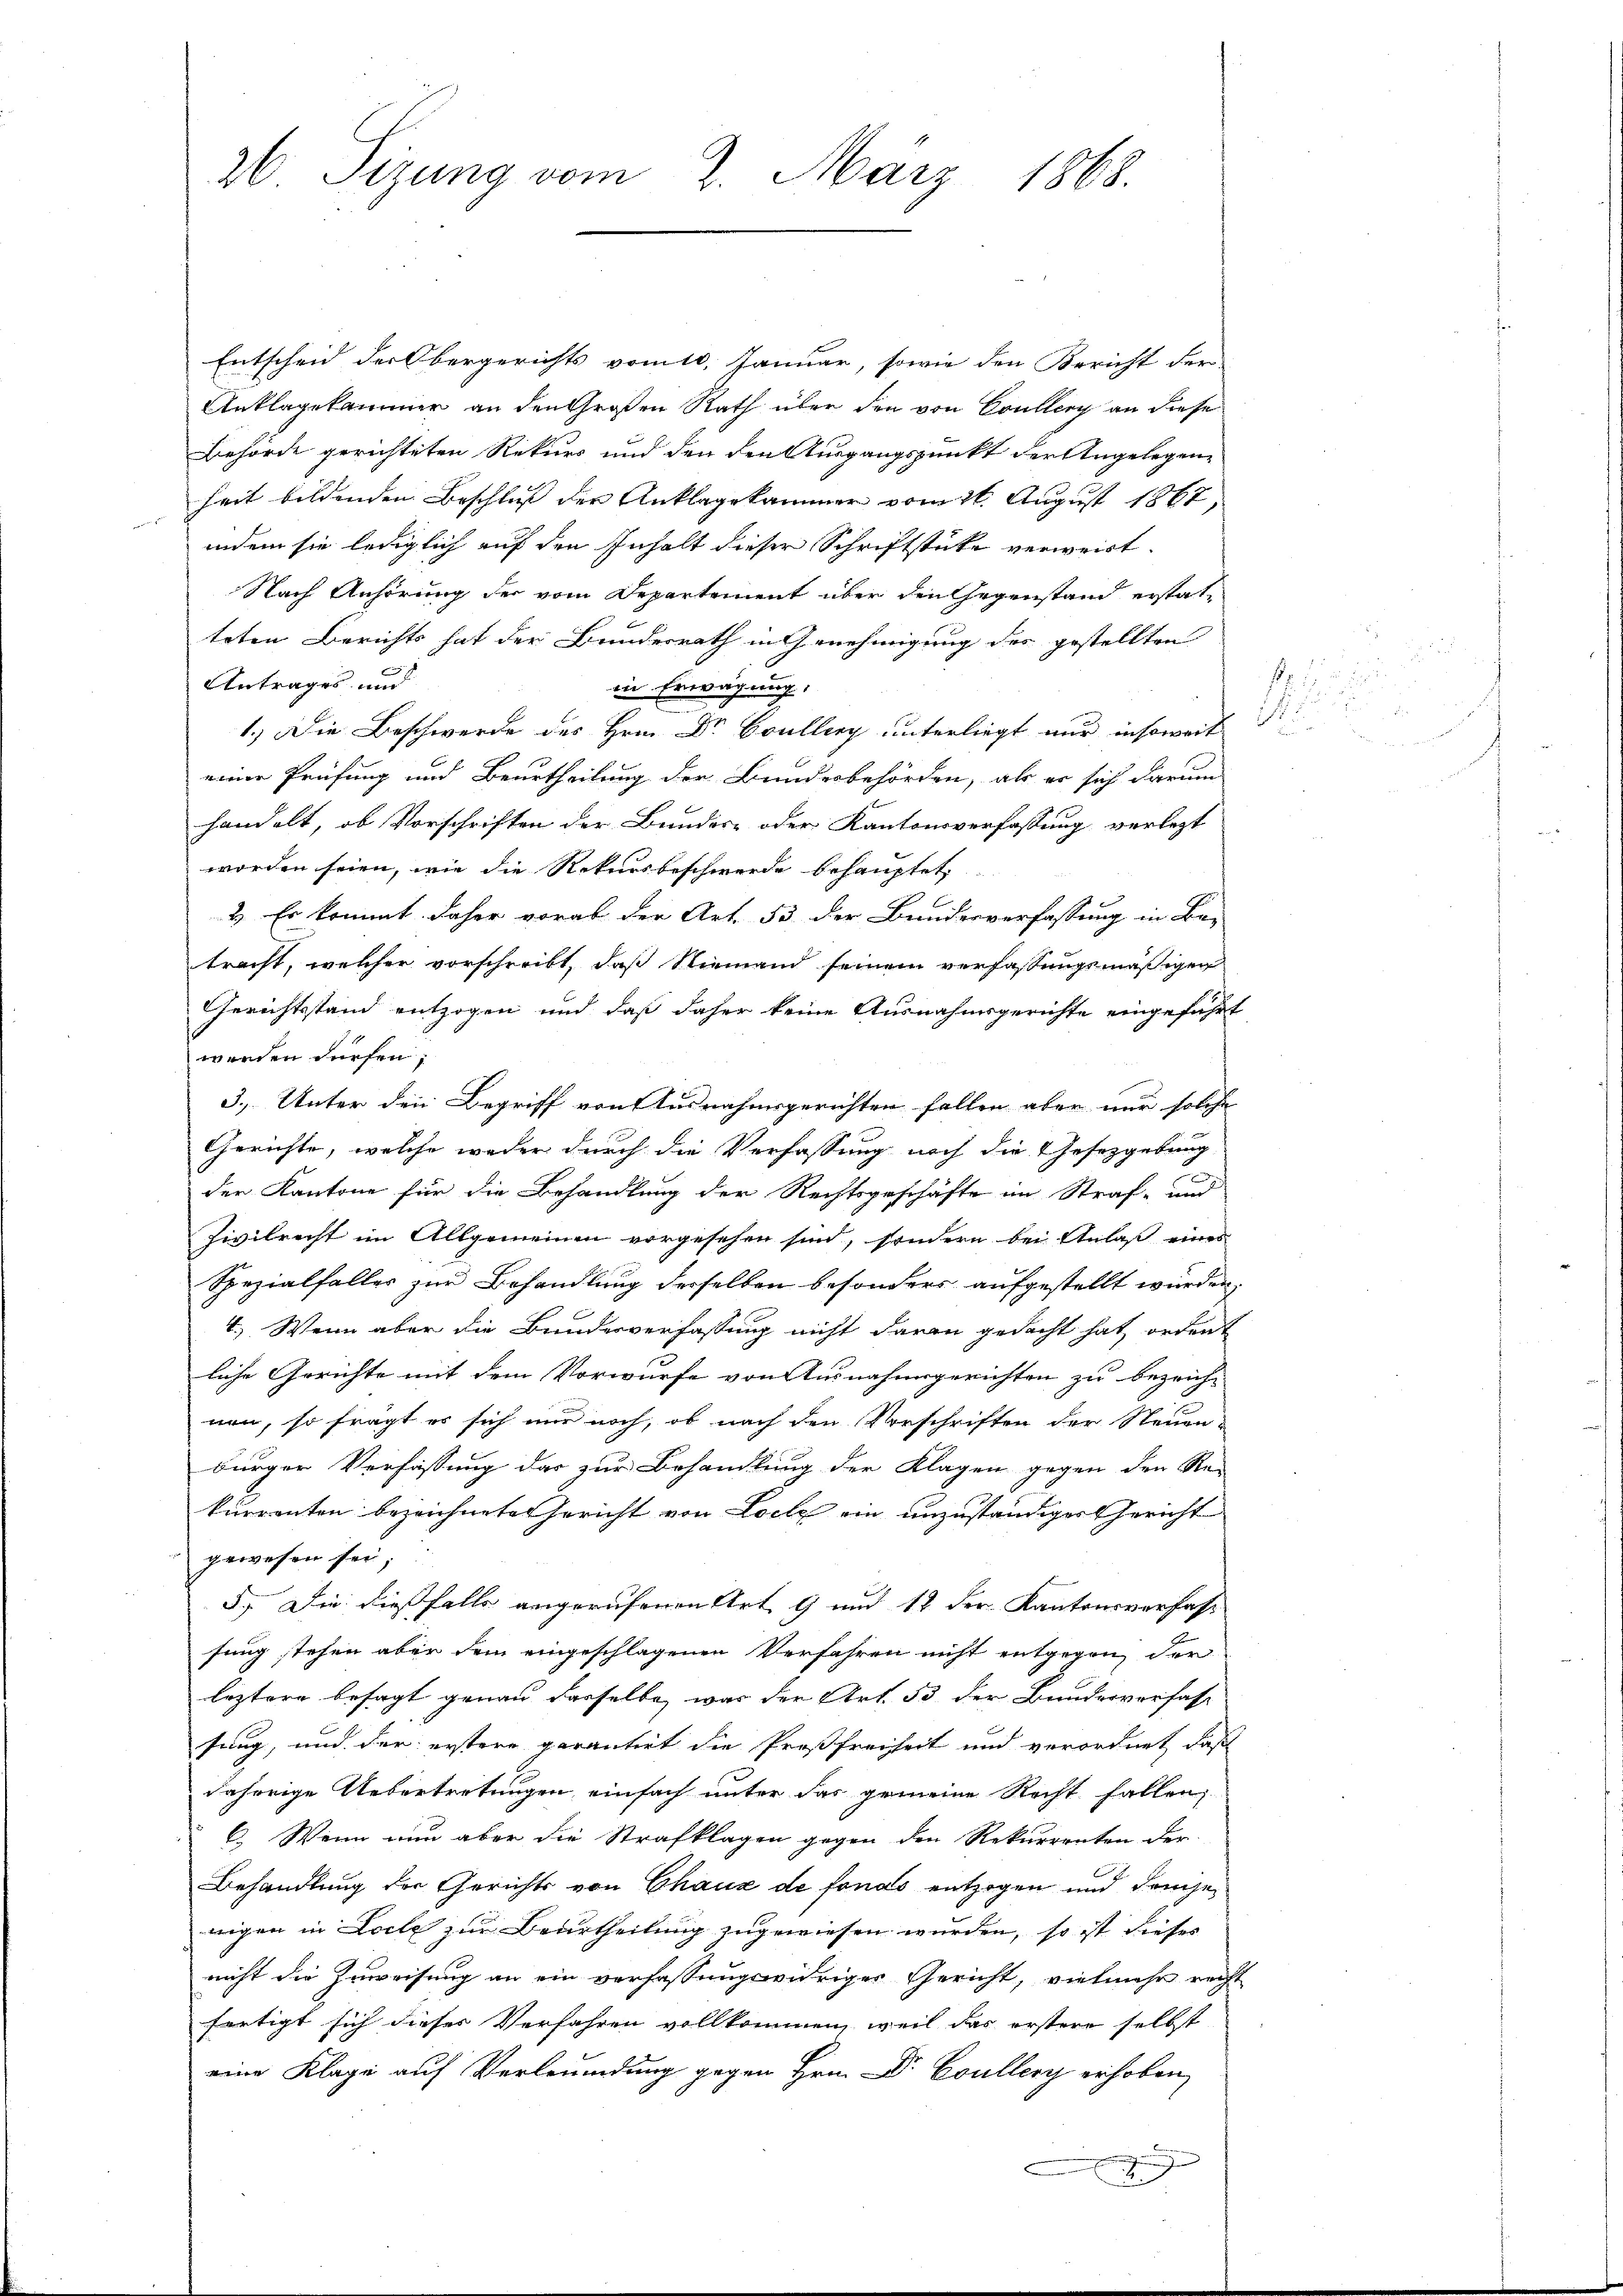
26. Sizung vom 2. März 1868.

Entscheid der Obergerichts vom 10. Januar, sowie den Bericht der
Anklagekammer an den Großen Rath über den von Coullery an diese
Behörde gerichteten Rekurs und den den Ausgangspunkt der Angelegen
heit bildenden Beschluß der Anklagekammer vom 11. August 1867,
indem sie lediglich auf den Inhalt dieser Schriftstücke verweist.
Nach Anhörung der vom Departement über den Gegenstand erstatteten Berichts hat der Bundesrath in Genehmigung des gestellten
Antrages und
in Erwägung:
1.) Die Beschwerde des Hrn. Dr Boulliry unterliegt nur insoweit |
meine Prüfung und Beurtheilung der Bundesbehörden, als er sich darum
handelt, ob Vorschriften der Bundes- oder Kantonsverfassung verlegt
worden seien, wie die Rekursbeschwerde behauptet,
2). Es kommt daher vorab der Art. 53 der Bundesverfassung in Be-
tracht, welcher vorschreibt, daß Niemand seinem verfassungsmäßigen
Gerichtsstand entzogen und daß daher keine Ausnahmsgerichte eingeführt
werden dürfen;
3.) Unter den Begriff von Ausnahmsgerichten fallen aber nur solche
Gerichte, welche weder durch die Verfassung noch die Gesetzgebung
der Kantone für die Behandlung der Rechtsgeschäfte im Straf- und
Zivilrecht im Allgemeinen vorgesehen sind, sondern bei Anlaß eines
Spezialfaller zur Behandlung derselben besonders aufgestellt wurden
4.) Wenn aber die Bundesverfassung nicht daran gedacht hat, ordent
liche Gerichte mit dem Vorwurfe von Ausnahmsgerichten zu bezeich-
nen, so fragt er sich nur noch, ob nach den Vorschriften der Steuen-
bürger Verfassung das zur Behandlung der Klagen gegen den Re-
kurrenten bezeichnete Gericht von Loch ein unzuständiger Gericht
gewesen sei;
5.) Die dießfalls angerufenen Art 9 und 12 der Kantonsverfass
sung stehen aber dem eingeschlagenen Verfahren nicht entgegen der
leztere besagt genau dasselbe, was der Art. 53 der Bundesverfas-
sung, und der erstere garantirt die Proßfreiheit und verordnet, daß
daherige Uebertretungen einfach unter das gemeine Recht fallen,
C. Wenn nun aber die Strafklagen gegen den Rekurrenten der
Behandlung der Gerichts von Chaux de fonds entzogen und demjewigen in Loche zur Beurtheilung zugewiesen wurden, so ist dieses
nicht die Zuweisung an ein verfassungswidriger Gericht, vielmehr recht
fertigt sich dieses Verfahren vollkommen, weil das erstere selbst
eine Klage auf Verleumdung gegen Hrn. Dr. Coullery erhoben,
e
x

f.